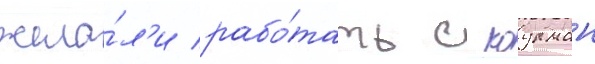
жела́л'и рабо́тать с коулман